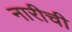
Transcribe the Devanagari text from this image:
नारीची